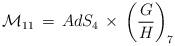
LaTeX: \begin{align*}{\cal M}_{11} \, = \, AdS_{4} \, \times \,\left(\frac{G}{H}\right)_7\end{align*}